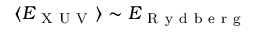
\langle E _ { \mathrm { ~ X ~ U ~ V ~ } } \rangle \sim E _ { \mathrm { ~ R ~ y ~ d ~ b ~ e ~ r ~ g ~ } }